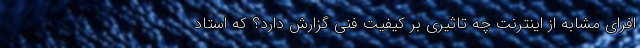
افرای مشابه از اینترنت چه تاثیری بر کیفیت فنی گزارش دارد؟ که استاد